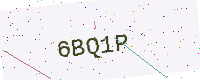
Text: 6BQ1P